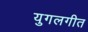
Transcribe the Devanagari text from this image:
युगलगीत